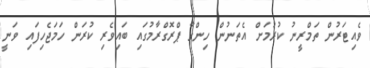
ވެއިޓަރުން ތަމްރީނު ކުރުމަށް އެތަނުން ހިންގާ ޕްރޮގްރާމުގައި ބައިވެރި ކުރަން ހަމަޖެހިފައި ވަނީ